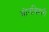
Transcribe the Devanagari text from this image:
बोनबिहारी